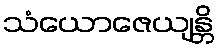
သံယောဇေယျန္တိ